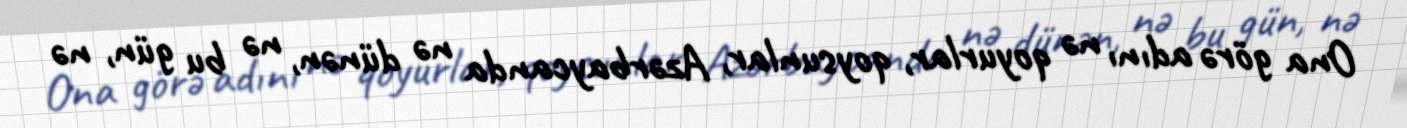
Ona görə adını nə qoyurlar, qoysunlar, Azərbaycanda nə dünən, nə bu gün, nə